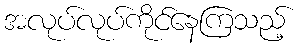
အလုပ်လုပ်ကိုင်နေကြသည့်